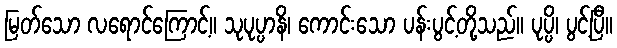
မြတ်သော လရောင်ကြောင့်။ သုပုပ္ပာနိ၊ ကောင်းသော ပန်းပွင့်တို့သည်။ ပုပ္ပိ၊ ပွင့်ပြီ။